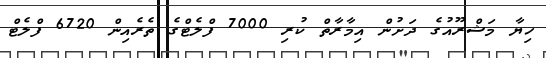
ހިޔާ މަޝްރޫއުގެ ދަށުން އިމާރާތް ކުރި 7000 ފްލެޓްގެ ތެރެއިން 6720 ފްލެޓް